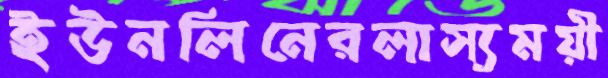
ইউনলিনেরলাস্যময়ী